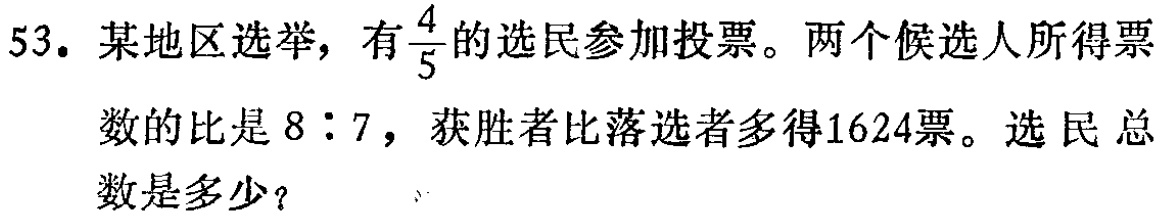
53. 某地区选举，有$\frac{4}{5}$的选民参加投票。两个候选人所得票数的比是$8:7$，获胜者比落选者多得1624票。选民总数是多少？